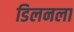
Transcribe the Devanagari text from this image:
डिलनला